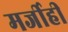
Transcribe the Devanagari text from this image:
मर्जीही